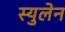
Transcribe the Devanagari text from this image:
स्युलेन